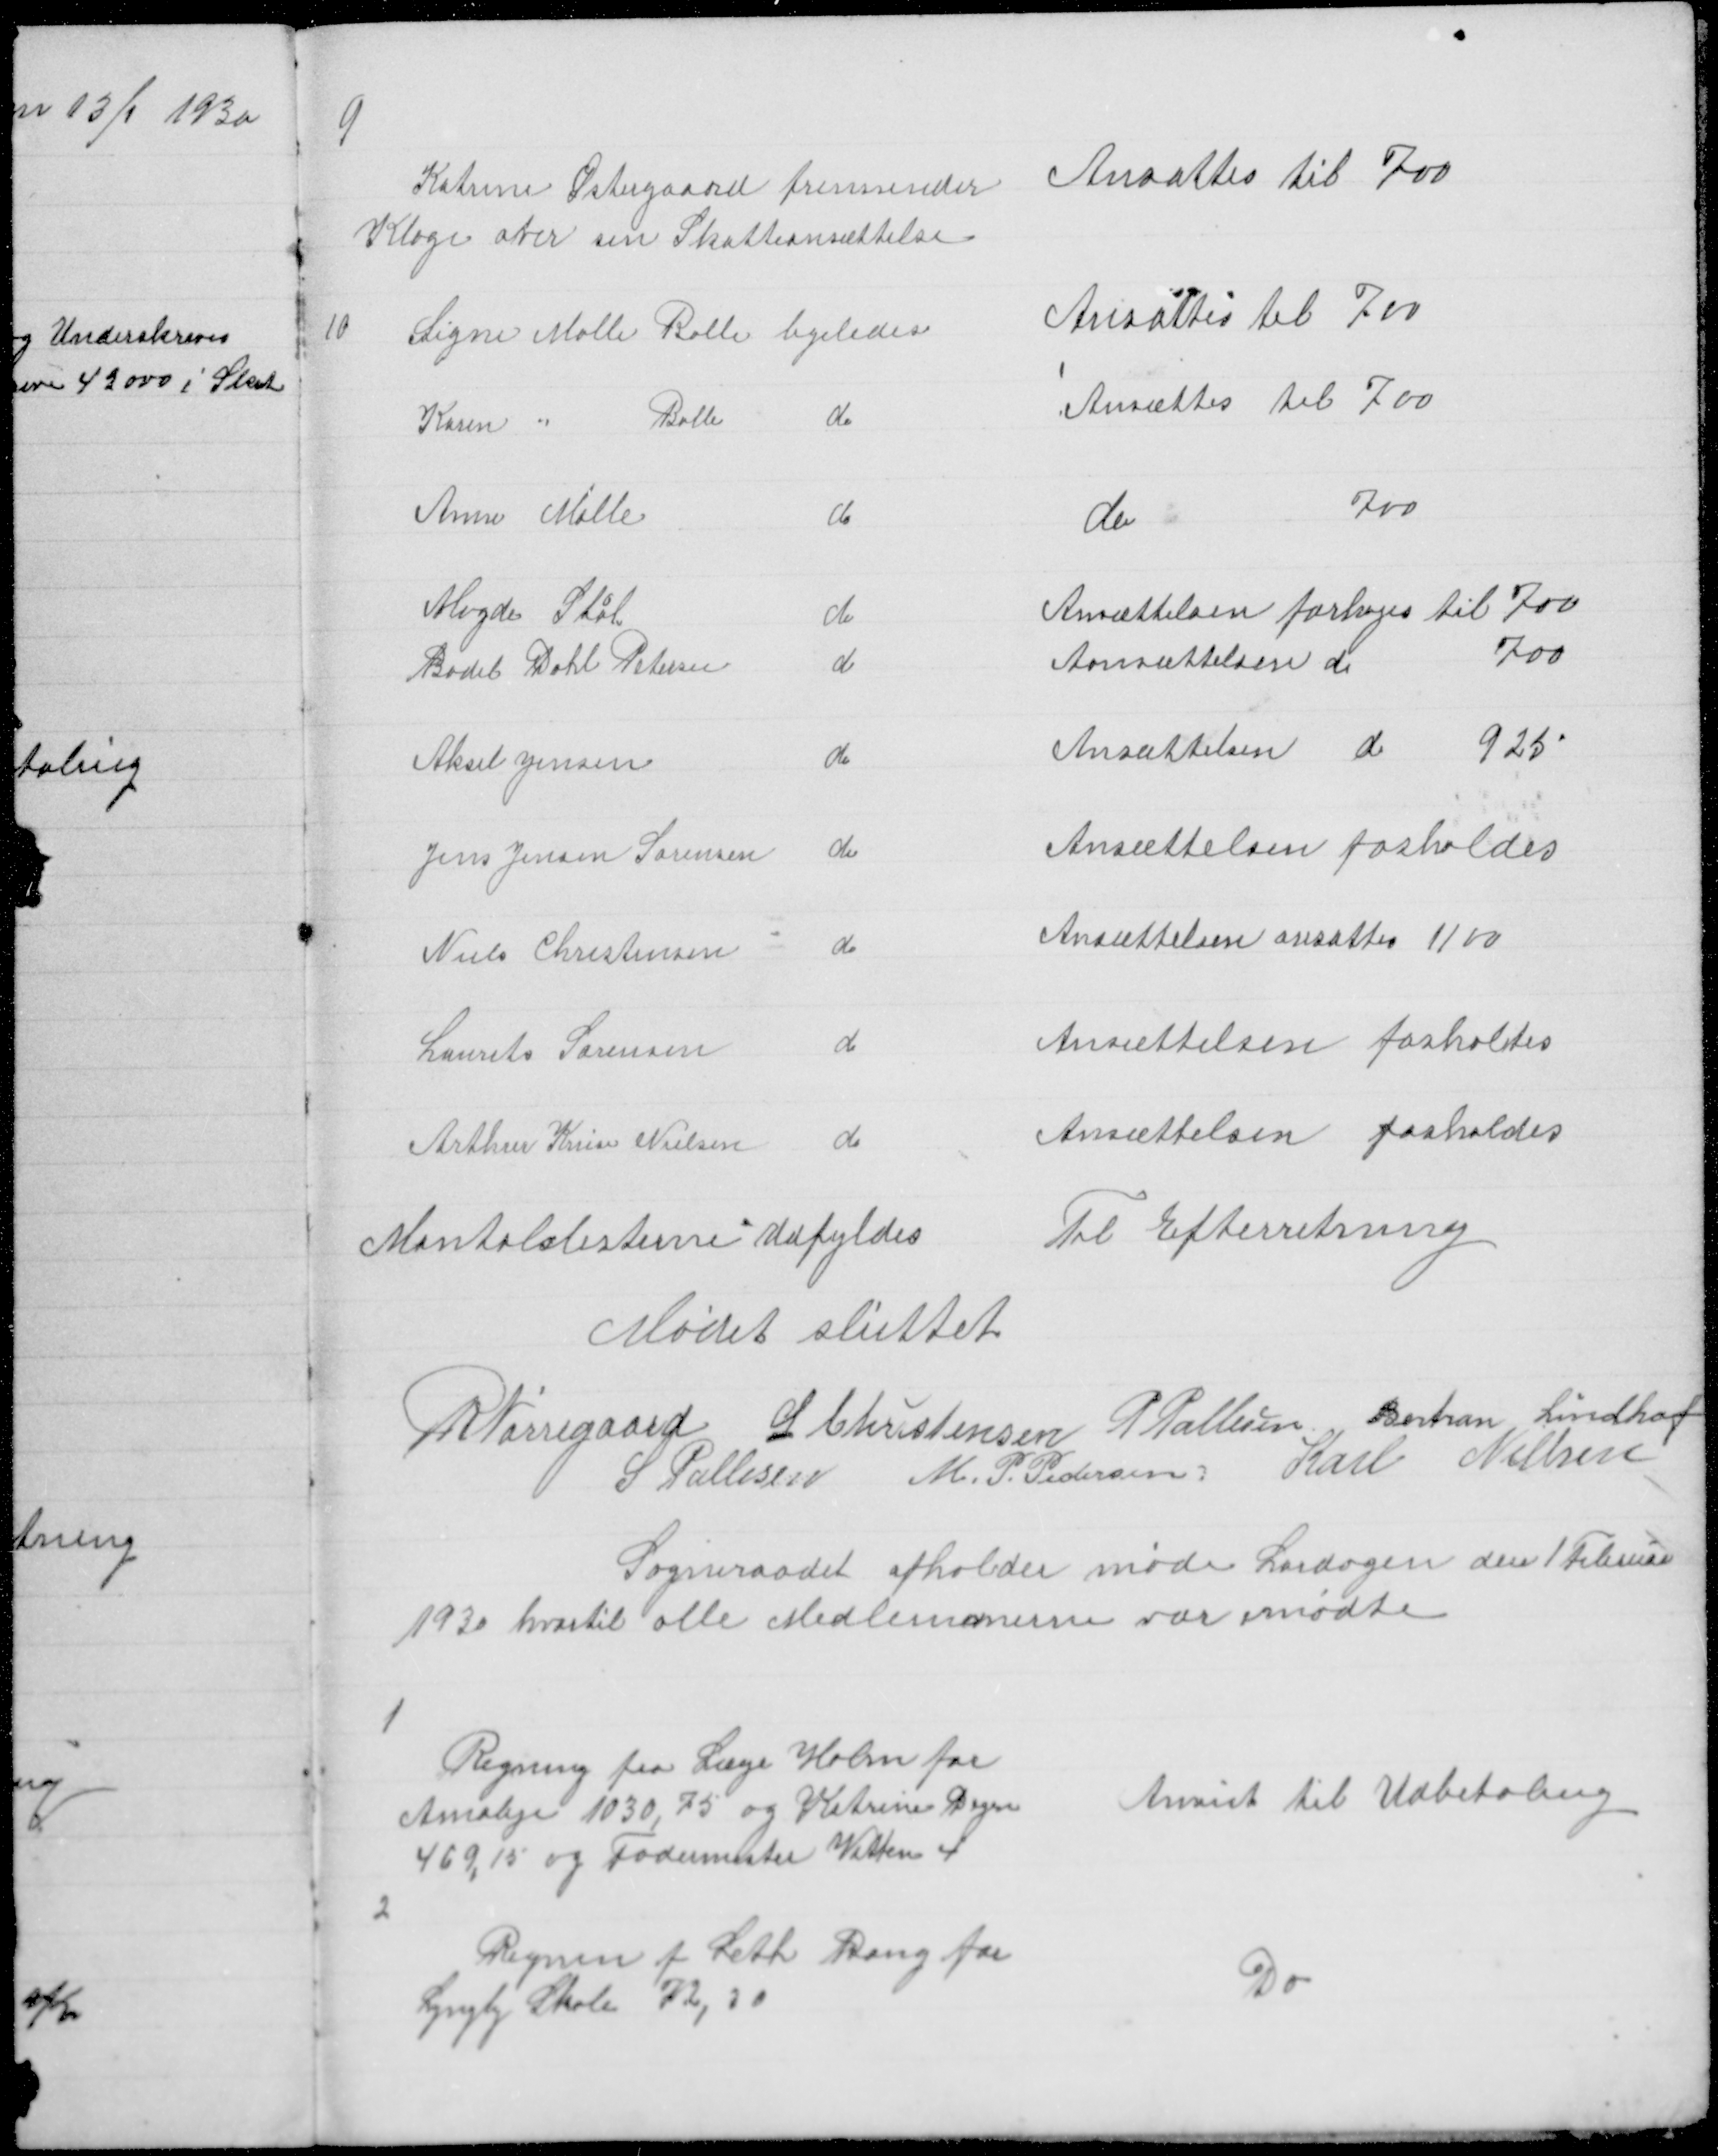
Transskription:
9

Katrine Østergaard fremsender
Klage over sin Skatteansættelse

Ansattes til 700

10

Signe Molle Balle ligeledes
Karen " Balle
do
Anne Mølle
do
Magda Stål
Ansættelsen forhøjes til 700
Bodil Dahl Petersen
Ansættelsen forhøjes til 700
Aksel Jensen
do
Jens Jensen Sørensen do
Niels Christensen
do
Laurits Sørensen
do
Arthur Kruse Nielsen
do

Ansættes til 700
Ansættes til 700
do
700
Ansættelsen forhøjes til 700
Ansættelsen do
700
Ansættelsen do 925
Ansættelsen fasholdes
Ansættelsen ansattes 1100
Ansættelsen fasholdes
Ansættelsen fasholdes

Mantalslisterne Udfyldes
Mødet sluttet

Til Efterretning

R Nørregaard L Christensen P Pallesen Bertran Lindhof
S Pallesen M. P. Pedersen Karl Nielsen

Sogneraadet afholder møde Lørdagen den 1 februar
1930 hvortil alle Medlemmerne var mødte

1
Regning fra Læge Holm for
Amalije 1030,75 og Katrine Degn
469,15 og Fodermester Vitten 4

Anvist til Udbetaling

2

Regning fra Leth Bang for
Lyngby Skole 72,20

Do